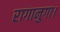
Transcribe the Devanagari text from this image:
रागानुगा।